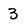
Character: 3